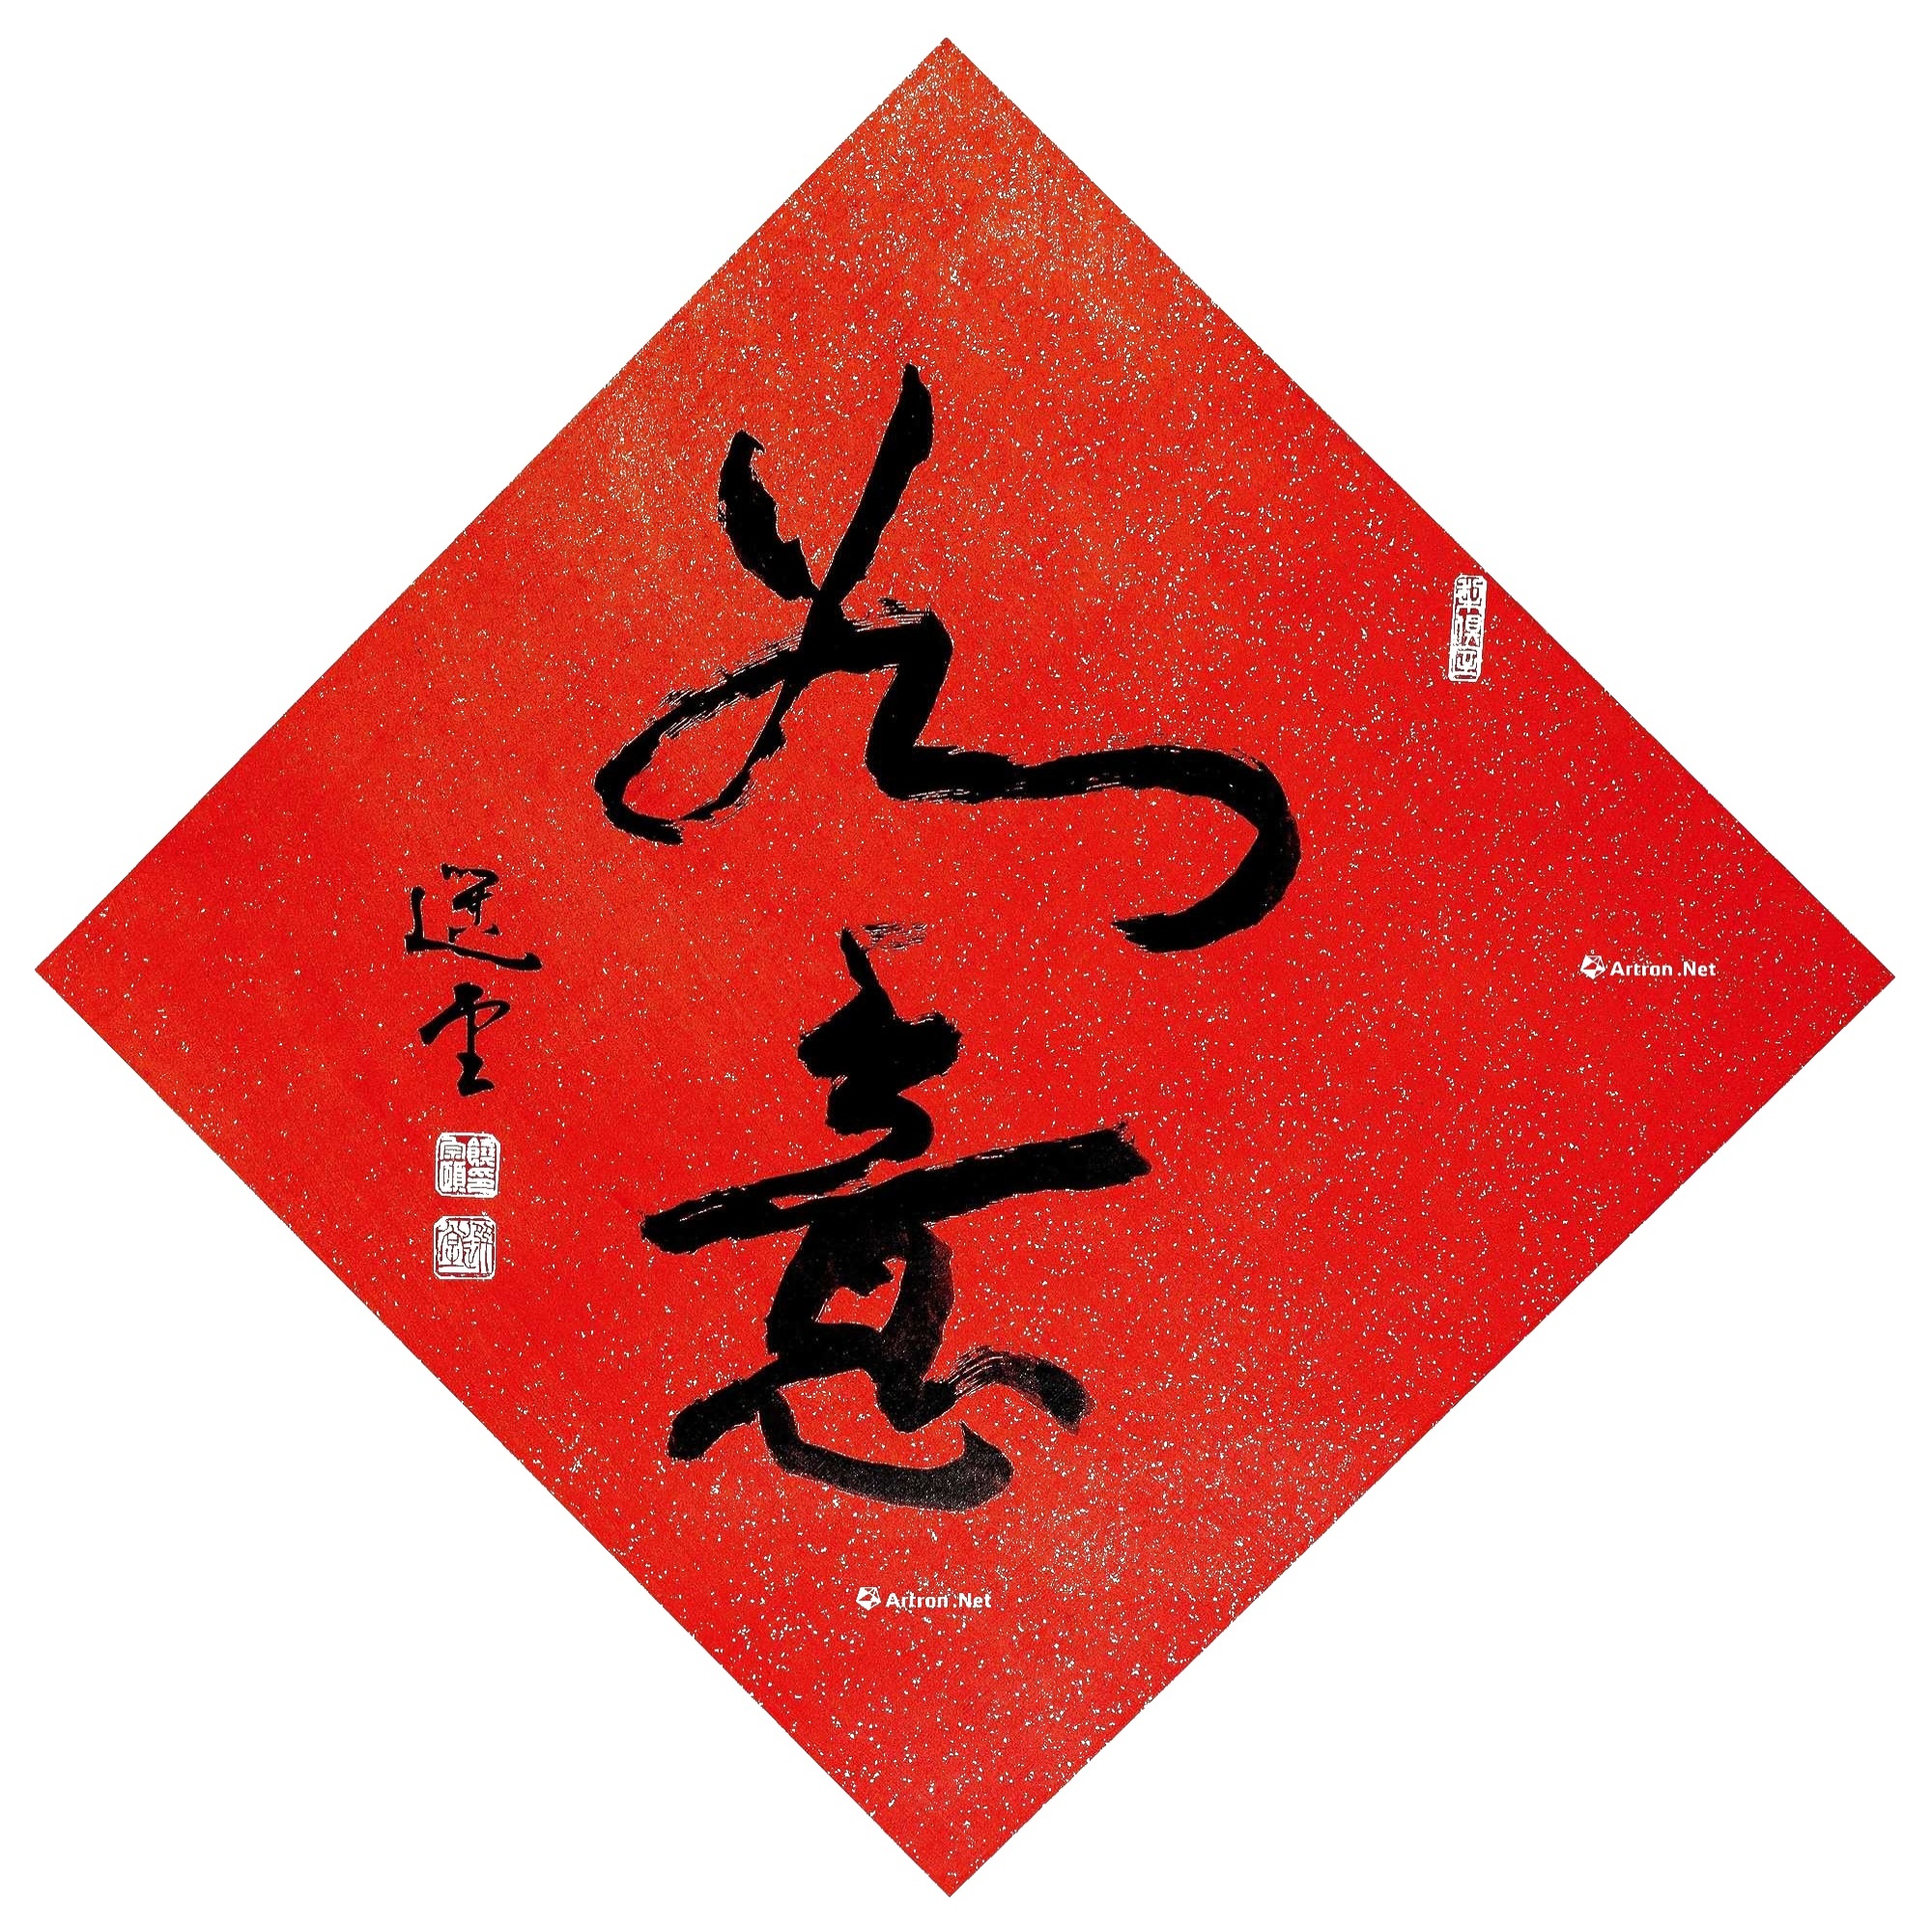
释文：如意。选堂。